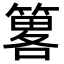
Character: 𥳂